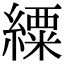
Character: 䌚